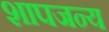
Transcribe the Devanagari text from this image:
शापजन्य